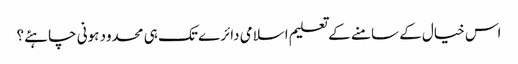
اس خیال کے سامنے کے تعلیم اسلامی دائرے تک ہی محدود ہونی چاہئے؟